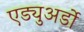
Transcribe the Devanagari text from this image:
एड्युअर्डो